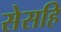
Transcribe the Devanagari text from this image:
सेसहि